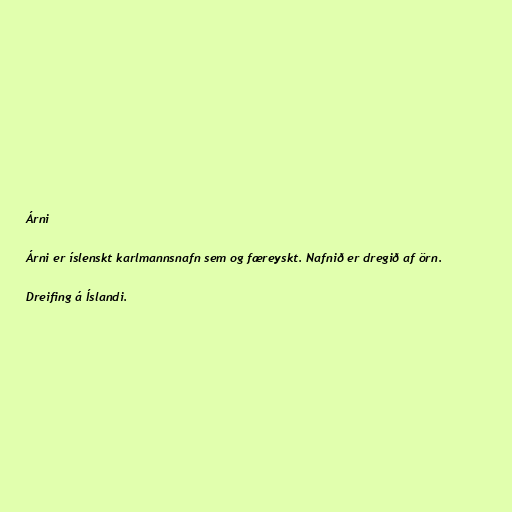
Árni

Árni er íslenskt karlmannsnafn sem og færeyskt. Nafnið er dregið af örn.

Dreifing á Íslandi.